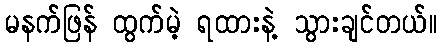
မနက်ဖြန် ထွက်မဲ့ ရထားနဲ့ သွားချင်တယ်။